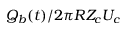
Q _ { b } ( t ) / 2 \pi R Z _ { c } U _ { c }